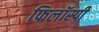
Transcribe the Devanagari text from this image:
फिलॉस्पी